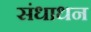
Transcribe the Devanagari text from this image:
संधाधन